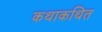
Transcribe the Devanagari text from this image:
कथाकथित